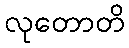
လုတောတိ